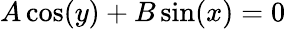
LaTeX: A\cos(y)+B\sin(x)=0